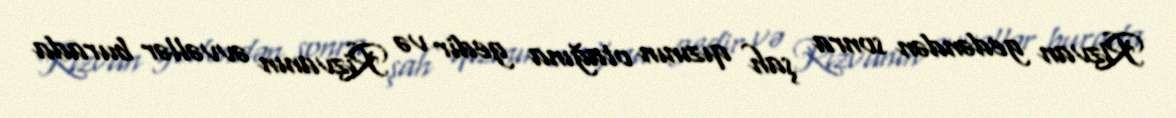
Rizvan gedəndən sonra şah qızının otağına gedir və Rizvanın əvvəllər burada